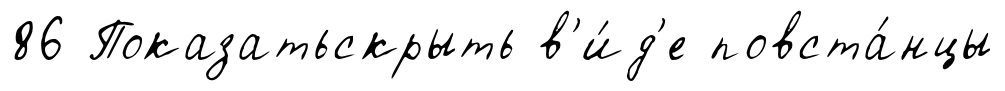
86 Показатьскрыть в'и́д'е повста́нцы